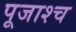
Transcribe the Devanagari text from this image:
पूजाश्‍च